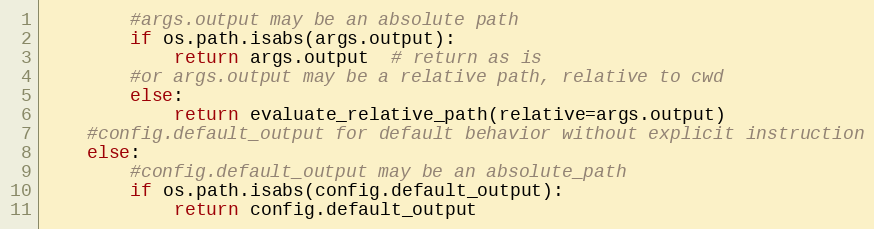
Language: Python
        #args.output may be an absolute path
        if os.path.isabs(args.output):
            return args.output  # return as is
        #or args.output may be a relative path, relative to cwd
        else:
            return evaluate_relative_path(relative=args.output)
    #config.default_output for default behavior without explicit instruction
    else:
        #config.default_output may be an absolute_path
        if os.path.isabs(config.default_output):
            return config.default_output